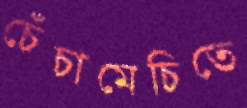
চেঁচামেচিতে